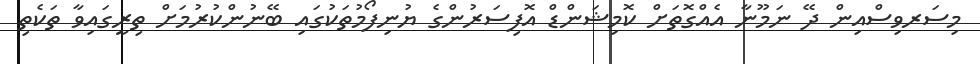
މިސަރވިސްއިން ދޭ ނަމޫނާ އެއްގޮތަށް ކޮމިޝަންޑް އޮފިސަރުންގެ ޔުނިފޯމުތަކުގައި ބޭނުންކުރުމަށް ތިރީގައިވާ ތަކެތި